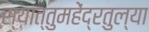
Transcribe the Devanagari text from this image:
स्यात्तुमहेंद्रतुल्या